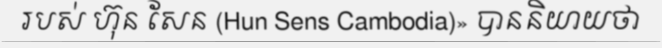
របស់ ហ៊ុន សែន (Hun Sens Cambodia)» បាននិយាយថា